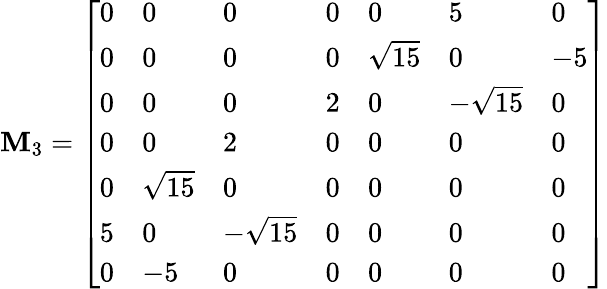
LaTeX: \mathbf{M}_{3}=\left[\begin{array}{lllllll}{0}&{0}&{0}&{0}&{0}&{5}&{0}\\ {0}&{0}&{0}&{0}&{\sqrt{15}}&{0}&{-5}\\ {0}&{0}&{0}&{2}&{0}&{-\sqrt{15}}&{0}\\ {0}&{0}&{2}&{0}&{0}&{0}&{0}\\ {0}&{\sqrt{15}}&{0}&{0}&{0}&{0}&{0}\\ {5}&{0}&{-\sqrt{15}}&{0}&{0}&{0}&{0}\\ {0}&{-5}&{0}&{0}&{0}&{0}&{0}\end{array}\right]